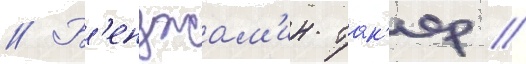
// Б'енджам'ин так'ер //